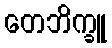
တေဘိက္ခူ